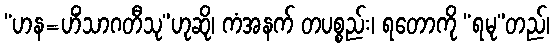
“ဟန=ဟိံသာဂတီသု”ဟုဆို၊ ကံအနက် တပစ္စည်း၊ ရတောကို “ရမု”တည်၊